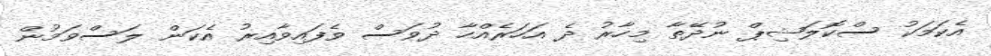
އެކަމަކު ސްކޮލަޝިޕް ނުދޭތާ މިހާރު ދެ އަހަރެއްހާ ދުވަސް ވެފައިވާއިރު އެކަން ލަސްވަމުން